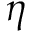
\eta